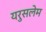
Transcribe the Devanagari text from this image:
यरुसलेम